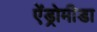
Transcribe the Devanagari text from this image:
ऐंड्रोमीडा